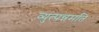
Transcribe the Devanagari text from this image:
व्युत्पन्नमति